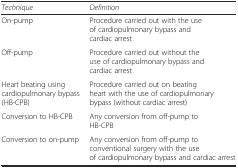
<table><thead><tr><td><b><i>Technique</i></b></td><td><b><i>Definition</i></b></td></tr></thead><tbody><tr><td>On-pump</td><td>Procedure carried out with the use of cardiopulmonary bypass and cardiac arrest</td></tr><tr><td>Off-pump</td><td>Procedure carried out without the use of cardiopulmonary bypass and cardiac arrest</td></tr><tr><td>Heart beating using cardiopulmonary bypass (HB-CPB)</td><td>Procedure carried out on beating heart with the use of cardiopulmonary bypass (without cardiac arrest)</td></tr><tr><td>Conversion to HB-CPB</td><td>Any conversion from off-pump to HB-CPB</td></tr><tr><td>Conversion to on-pump</td><td>Any conversion from off-pump to conventional surgery with the use of cardiopulmonary bypass and cardiac arrest</td></tr></tbody></table>